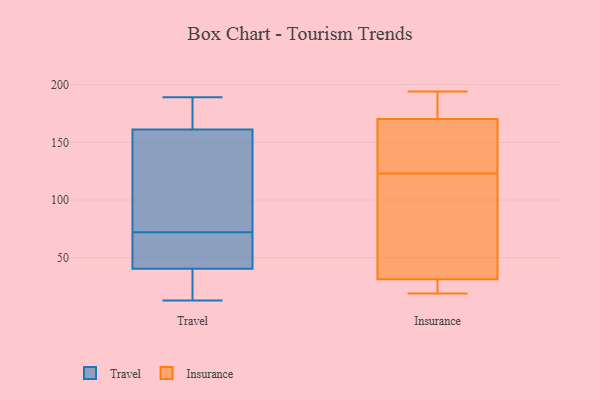
{"axis": {"x": "Shipments", "y": "Value"}, "legend": ["Insurance", "Travel"], "data": [{"x": "", "y": 87, "type": "Travel"}, {"x": "", "y": 15, "type": "Travel"}, {"x": "", "y": 20, "type": "Travel"}, {"x": "", "y": 172, "type": "Travel"}, {"x": "", "y": 64, "type": "Travel"}, {"x": "", "y": 131, "type": "Travel"}, {"x": "", "y": 68, "type": "Travel"}, {"x": "", "y": 33, "type": "Travel"}, {"x": "", "y": 68, "type": "Travel"}, {"x": "", "y": 159, "type": "Travel"}, {"x": "", "y": 95, "type": "Travel"}, {"x": "", "y": 72, "type": "Travel"}, {"x": "", "y": 189, "type": "Travel"}, {"x": "", "y": 168, "type": "Travel"}, {"x": "", "y": 43, "type": "Travel"}, {"x": "", "y": 13, "type": "Travel"}, {"x": "", "y": 179, "type": "Travel"}, {"x": "", "y": 92, "type": "Insurance"}, {"x": "", "y": 31, "type": "Insurance"}, {"x": "", "y": 143, "type": "Insurance"}, {"x": "", "y": 23, "type": "Insurance"}, {"x": "", "y": 77, "type": "Insurance"}, {"x": "", "y": 194, "type": "Insurance"}, {"x": "", "y": 159, "type": "Insurance"}, {"x": "", "y": 185, "type": "Insurance"}, {"x": "", "y": 32, "type": "Insurance"}, {"x": "", "y": 123, "type": "Insurance"}, {"x": "", "y": 20, "type": "Insurance"}, {"x": "", "y": 19, "type": "Insurance"}, {"x": "", "y": 123, "type": "Insurance"}, {"x": "", "y": 174, "type": "Insurance"}, {"x": "", "y": 181, "type": "Insurance"}]}